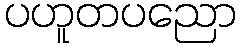
ပဟူတပညော